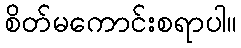
စိတ်မကောင်းစရာပါ။